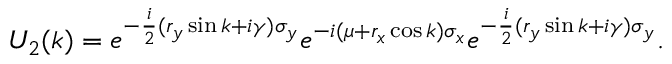
U _ { 2 } ( k ) = e ^ { - \frac { i } { 2 } ( r _ { y } \sin k + i \gamma ) \sigma _ { y } } e ^ { - i ( \mu + r _ { x } \cos k ) \sigma _ { x } } e ^ { - \frac { i } { 2 } ( r _ { y } \sin k + i \gamma ) \sigma _ { y } } .